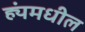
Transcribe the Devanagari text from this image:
ह्यंमधील